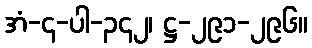
အံ-၄-ပါ-၃၄၂၊ ဋ္ဌ-၂၉၁-၂၉၆။